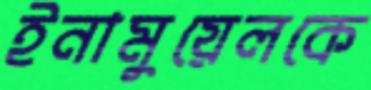
ইনামুয়েলকে